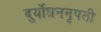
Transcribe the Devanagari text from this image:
दुर्योधननृपती